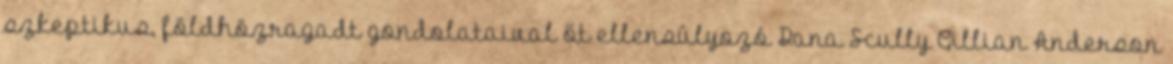
szkeptikus, földhözragadt gondolataival őt ellensúlyozó Dana Scully Gillian Anderson